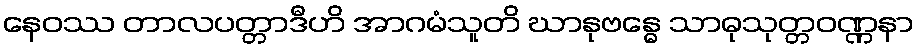
နေဝဿ တာလပတ္တာဒီဟိ အာဂမံသူတိ ဃာနုဗန္ဓေ သာဓုသုတ္တဝဏ္ဏနာ